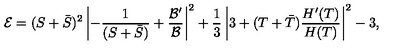
{ \cal E } = ( S + { \bar { S } } ) ^ { 2 } \left| - \frac { 1 } { ( S + { \bar { S } } ) } + \frac { { \cal B } ^ { \prime } } { \cal B } \right| ^ { 2 } + \frac { 1 } { 3 } \left| 3 + ( T + { \bar { T } } ) \frac { H ^ { \prime } ( T ) } { H ( T ) } \right| ^ { 2 } - 3 ,